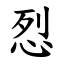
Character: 㤠